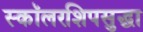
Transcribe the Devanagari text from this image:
स्कॉलरशिपसुद्धा